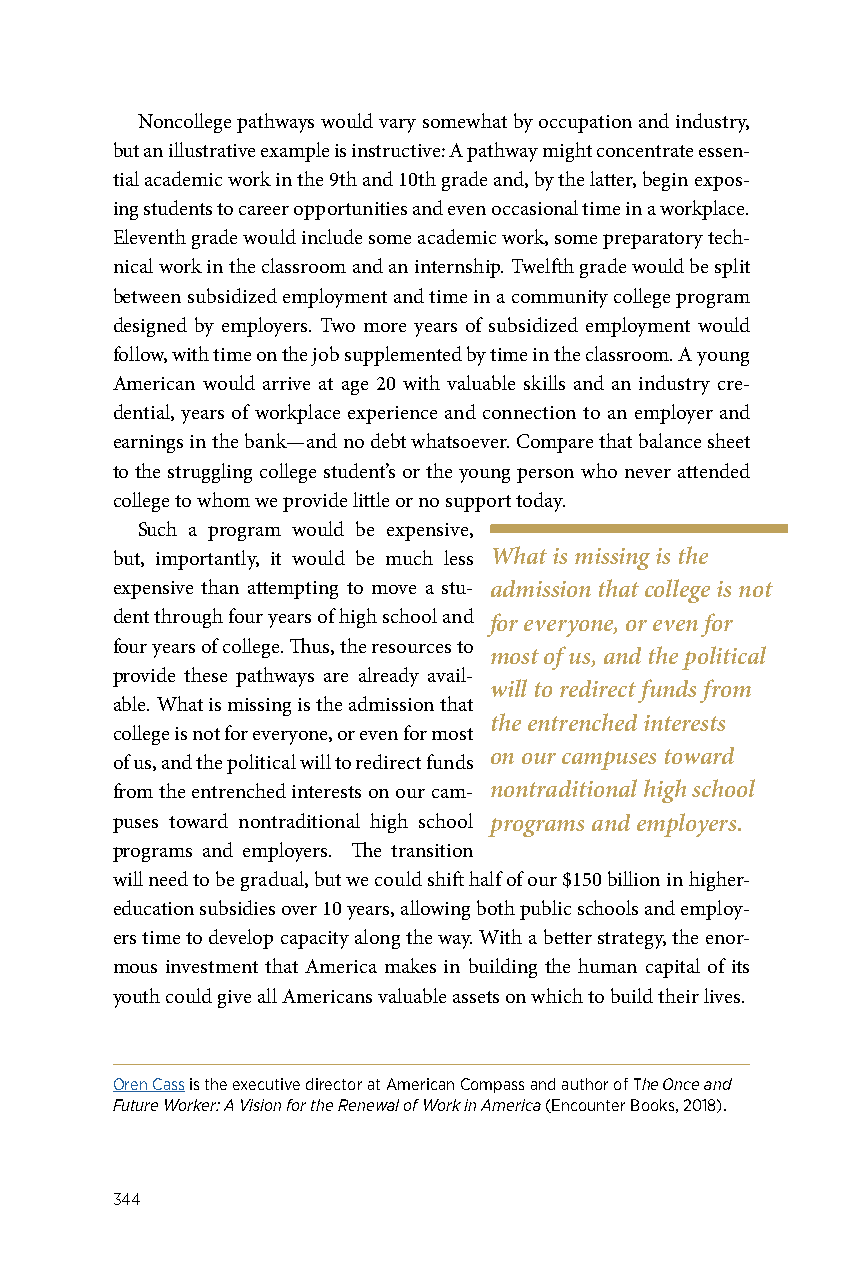
Noncollege pathways would vary somewhat by occupation and industry,
 but an illustrative example is instructive: A pathway might concentrate essen-
 tial academic work in the 9th and 10th grade and, by the latter, begin expos-
 ing students to career opportunities and even occasional time in a workplace.
 Eleventh grade would include some academic work, some preparatory tech-
 nical work in the classroom and an internship. Twelfth grade would be split
 between subsidized employment and time in a community college program
 designed by employers. Two more years of subsidized employment would
 follow, with time on the job supplemented by time in the classroom. A young
 American would arrive at age 20 with valuable skills and an industry cre-
 dential, years of workplace experience and connection to an employer and
 earnings in the bank—and no debt whatsoever. Compare that balance sheet
 to the struggling college student’s or the young person who never attended
 college to whom we provide little or no support today.
 Such a program would be expensive,
 but, importantly, it would be much less What is missing is the
 expensive than attempting to move a stu- admission that college is not
 dent through four years of high school and for everyone, or even for
 four years of college. Thus, the resources to
 most of us, and the political
 provide these pathways are already avail-
 will to redirect funds from
 able. What is missing is the admission that
 the entrenched interests
 college is not for everyone, or even for most
 on our campuses toward
 of us, and the political will to redirect funds
 from the entrenched interests on our cam- nontraditional high school
 puses toward nontraditional high school programs and employers.
 programs and employers. The transition
 will need to be gradual, but we could shift half of our $150 billion in higher-
 education subsidies over 10 years, allowing both public schools and employ-
 ers time to develop capacity along the way. With a better strategy, the enor-
 mous investment that America makes in building the human capital of its
 youth could give all Americans valuable assets on which to build their lives.
 Oren Cass is the executive director at American Compass and author of The Once and
 Future Worker: A Vision for the Renewal of Work in America (Encounter Books, 2018).
 344